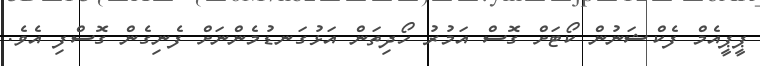
ޕީޕީއެމް ފެކްޝަނުން ކޯޓަށް ގޮސް އަމުރު ހޯދިތަން އަޅުގަނޑުމެންނަށް ފެނިގެން ގޮސްފި އެވެ.